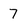
Character: 7